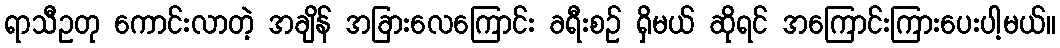
ရာသီဥတု ကောင်းလာတဲ့ အချိန် အခြားလေကြောင်း ခရီးစဉ် ရှိမယ် ဆိုရင် အကြောင်းကြားပေးပါ့မယ်။